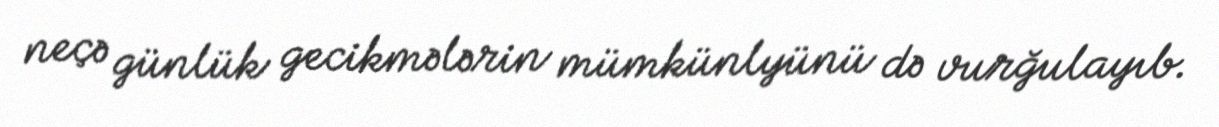
neçə günlük gecikmələrin mümkünlyünü də vurğulayıb.